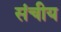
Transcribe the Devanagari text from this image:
संचीय